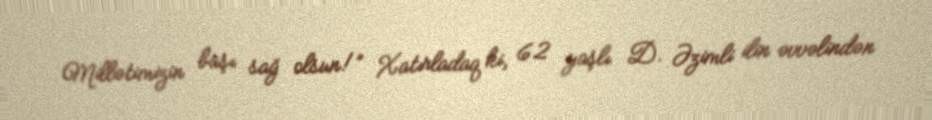
Millətimizin başı sağ olsun!” Xatırladaq ki, 62 yaşlı D. Əzimli ilin əvvəlindən